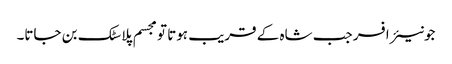
جونیئر افسر جب شاہ کے قریب ہوتا تو مجسم پلاسٹک بن جاتا۔